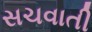
સચવાતી